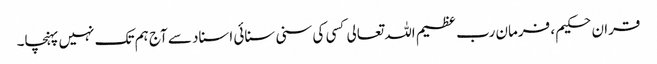
قران حکیم ، فرمان رب عظیم اللہ تعالی کسی کی سنی سنائی اسناد سے آج ہم تک نہیں پہنچا۔